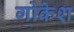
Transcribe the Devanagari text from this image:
गोकेश